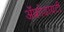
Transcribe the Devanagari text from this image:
ॲफ्रोडायटी